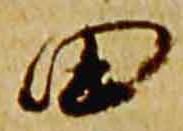
田